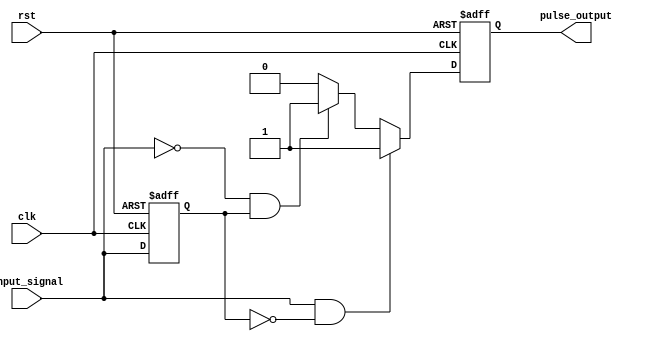
module PulseEdgeDetector (
    input wire clk,               // Clock signal
    input wire rst,               // Reset signal
    input wire input_signal,      // Input signal to detect edges
    output reg pulse_output        // Pulse output signal
);

    reg previous_state;           // Register to store the previous state of the input signal

    // Edge detection logic
    always @(posedge clk or posedge rst) begin
        if (rst) begin
            previous_state <= 1'b0; // Reset previous state
            pulse_output <= 1'b0;    // Reset pulse output
        end else begin
            // Detect rising edge
            if (input_signal && !previous_state) begin
                pulse_output <= 1'b1; // Generate pulse for rising edge
            end
            // Detect falling edge
            else if (!input_signal && previous_state) begin
                pulse_output <= 1'b1; // Generate pulse for falling edge
            end
            else begin
                pulse_output <= 1'b0; // No edge detected, reset pulse output
            end

            // Store the current state for the next clock cycle
            previous_state <= input_signal;
        end
    end

endmodule